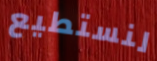
لنستطيع